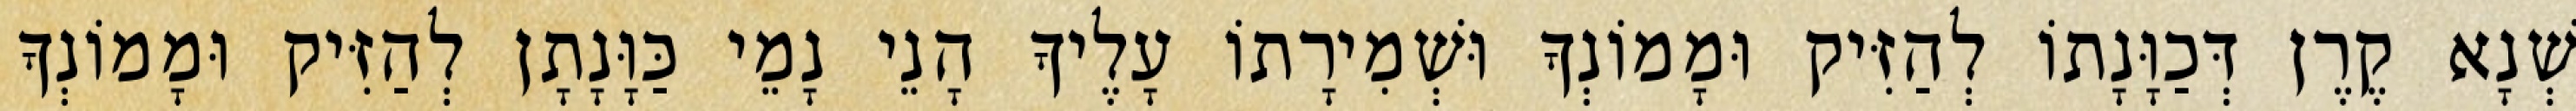
שְׁנָא קֶרֶן דְּכַוָּנָתוֹ לְהַזִּיק וּמָמוֹנְךָ וּשְׁמִירָתוֹ עָלֶיךָ הָנֵי נָמֵי כַּוָּנָתָן לְהַזִּיק וּמָמוֹנְךָ